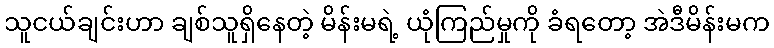
သူငယ်ချင်းဟာ ချစ်သူရှိနေတဲ့ မိန်းမရဲ့ ယုံကြည်မှုကို ခံရတော့ အဲဒီမိန်းမက